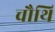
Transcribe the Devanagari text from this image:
चौथि